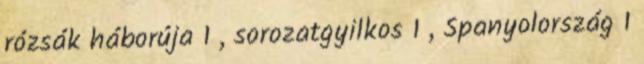
rózsák háborúja 1 , sorozatgyilkos 1 , Spanyolország 1